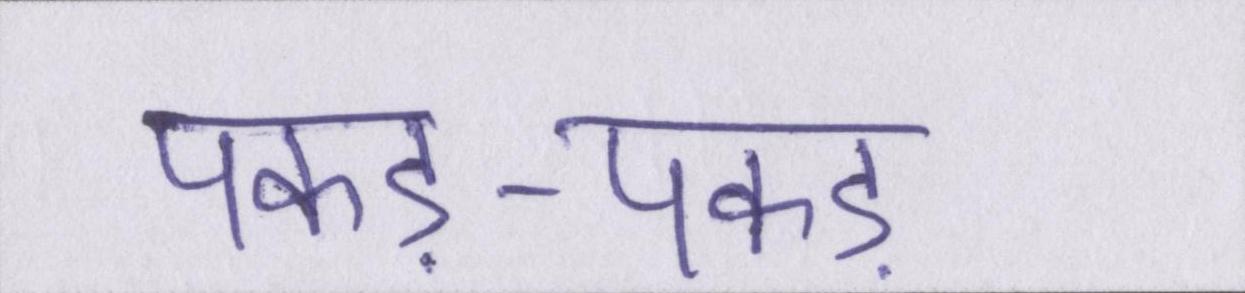
पकड़-पकड़